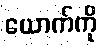
ယောက်ကို